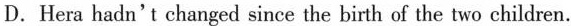
D.Hera hadn't changed since the birth of the two children.